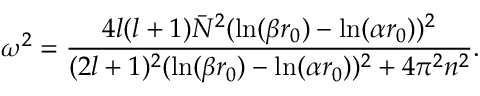
\omega ^ { 2 } = \frac { 4 l ( l + 1 ) \bar { N } ^ { 2 } ( \ln ( \beta r _ { 0 } ) - \ln ( \alpha r _ { 0 } ) ) ^ { 2 } } { ( 2 l + 1 ) ^ { 2 } ( \ln ( \beta r _ { 0 } ) - \ln ( \alpha r _ { 0 } ) ) ^ { 2 } + 4 \pi ^ { 2 } n ^ { 2 } } .